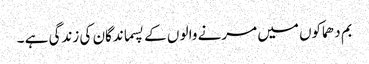
بم دھماکوں میں مرنے والو ں کے پسماندگان کی زندگی ہے ۔